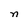
Character: n